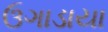
ઉગાડાયા